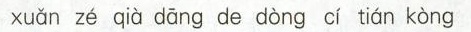
xuǎn zé qià dāng de dòng cí tián kòng